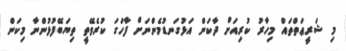
މި ޝަރީޢަތްތައް މިހާރު ކުރިއަށް ދާކަން އަޅުގަނޑުމެންނަށް ފާހަގަ ކުރެވޭތީ ތިޔަބޭފުޅުންނާ މިކަން